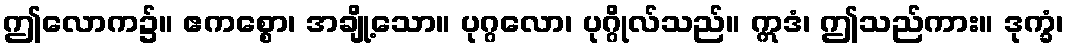
ဤလောက၌။ ဧကစ္စော၊ အချို့သော။ ပုဂ္ဂလော၊ ပုဂ္ဂိုလ်သည်။ ဣဒံ၊ ဤသည်ကား။ ဒုက္ခံ၊